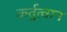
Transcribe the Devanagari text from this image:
कर्तुत्वान